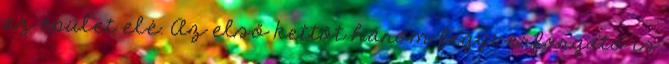
az épület elé. Az első kettőt három fegyverforgató is